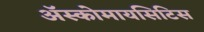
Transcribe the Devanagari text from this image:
अॅस्कोमायसिटिस